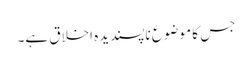
جس کا موضوع ناپسندیدہ اخلاق ہے۔